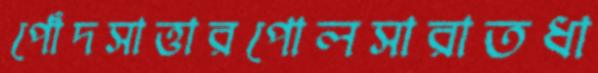
পোঁদসাত্তারপোলসারাতধা